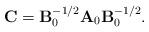
LaTeX: \begin{align*}{\bf C} = {\bf B}_0^{-1/2} {\bf A} _0 {\bf B}_0 ^{-1/2}.\end{align*}